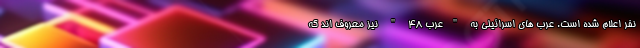
نفر اعلام شده است. عرب های اسرائیلی به "عرب 48 " نیز معروف اند که